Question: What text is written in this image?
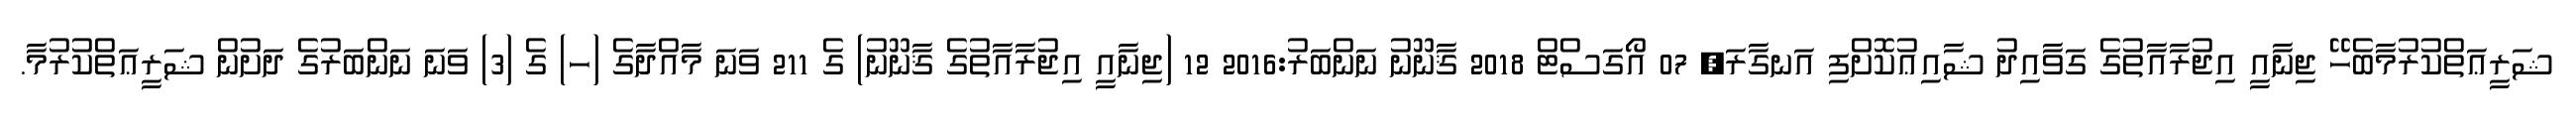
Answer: ޝަރީޢަތްކުރުމާބެހޭ ޖިނާއީ އިޖުރާއާތުގެ ގަވާއިދު ޝާއިޢުކޮށްފި އަނގާރަ, 07 އޯގަސްޓް 2018 ޤާނޫނު ނަންބަރު:2016 12 (ޖިނާއީ އިޖުރާއާތުގެ ޤާނޫނު) ގެ 211 ވަނަ މާއްދާގެ (ހ) ގެ (3) ވަނަ ނަންބަރުގެ ދަށުން ޝަރީޢަތްކުރުމާ.